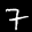
Label: 7